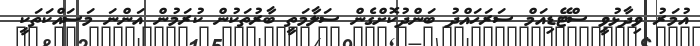
އުމަރު ވިދާޅުވީ ސްޓޭޑިއަމް ސަރަހައްދު ބަންދުކޮށްގެން ސަލާމަތީ ބާރުތަކުން ކުރަމުން އަންނަ މަސައްކަތަކީ